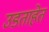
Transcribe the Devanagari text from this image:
उडताहेत